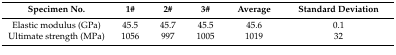
<table><thead><tr><td><b>Specimen No.</b></td><td><b>1#</b></td><td><b>2#</b></td><td><b>3#</b></td><td><b>Average</b></td><td><b>Standard Deviation</b></td></tr></thead><tbody><tr><td>Elastic modulus (GPa)</td><td>45.5</td><td>45.7</td><td>45.5</td><td>45.6</td><td>0.1</td></tr><tr><td>Ultimate strength (MPa)</td><td>1056</td><td>997</td><td>1005</td><td>1019</td><td>32</td></tr></tbody></table>